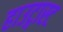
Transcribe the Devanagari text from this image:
हाउट्गास्ट